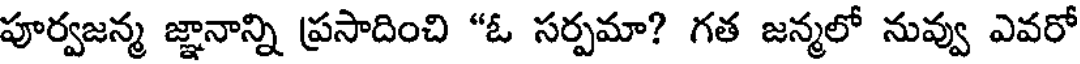
పూర్వజన్మ జ్ఞానాన్ని ప్రసాదించి "ఓ సర్పమా? గత జన్మలో నువ్వు ఎవరో